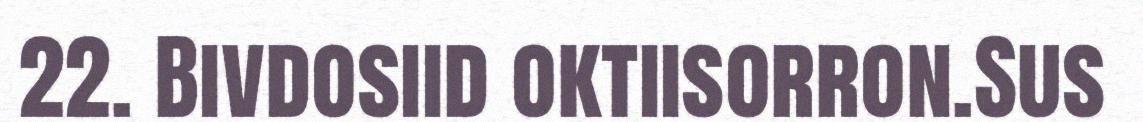
22. Bivdosiid oktiisorron.Sus